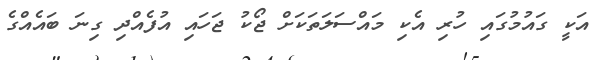
އަކީ ގައުމުގައި ހުރި އެކި މައްސަލަތަކަށް ޖޯކު ޖަހައި އުފެއްދި ގިނަ ބައެއްގެ